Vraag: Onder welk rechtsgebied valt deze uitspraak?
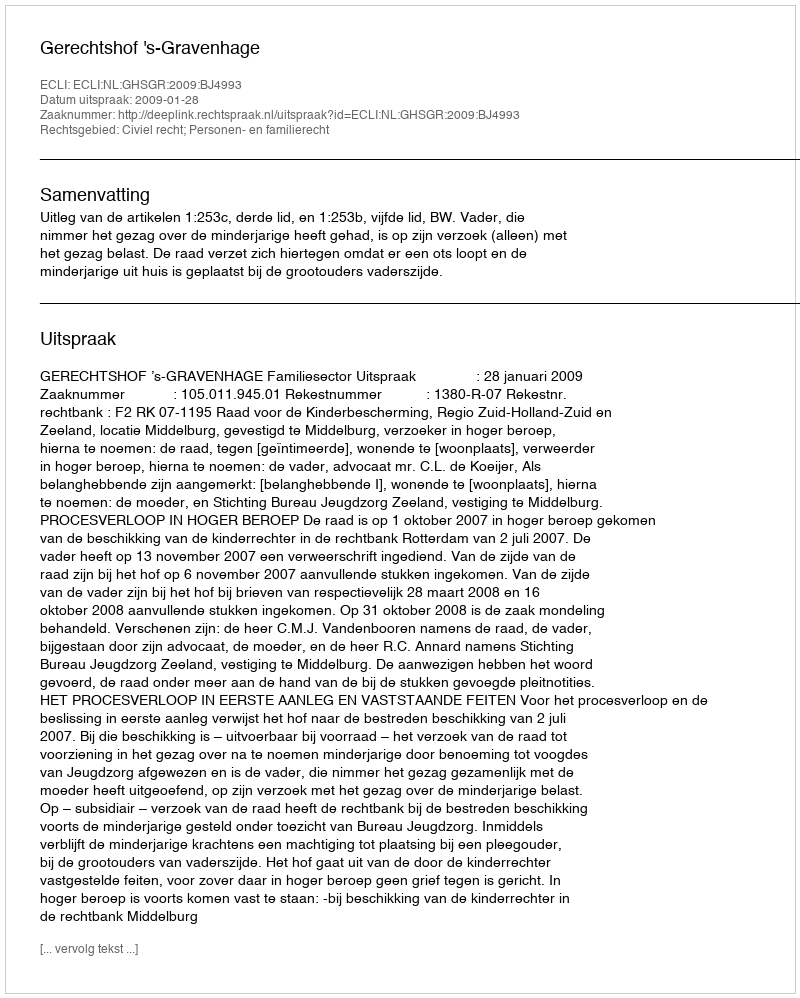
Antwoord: Civiel recht; Personen- en familierecht